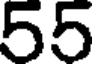
55